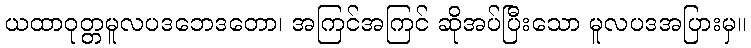
ယထာဝုတ္တမူလပဒဘေဒတော၊ အကြင်အကြင် ဆိုအပ်ပြီးသော မူလပဒအပြားမှ။